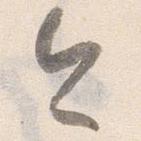
今